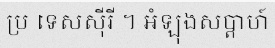
ប្រ ទេសស៊ីរី ។ អំឡុងសប្តាហ៍